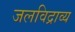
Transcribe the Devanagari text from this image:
जलविद्राव्य